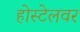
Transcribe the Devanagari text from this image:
होस्टेलवर